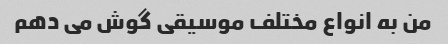
من به انواع مختلف موسیقی گوش می دهم